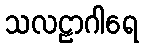
သလဠာဂါရေ